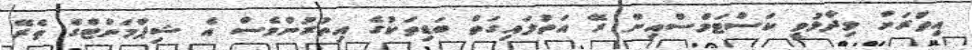
އިތުރަށް ވިދާޅުވީ ކަސްޓަމްސްއިން ރޭ އަތުލައިގަތް ބަޑިތަކުގެ އިތުރުންވެސް އެ ޝިޕްމަންޓްގެ ތެރޭ